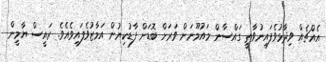
އެއްޗެއް ވިދާޅުވެފައިނުވާތީ ގައްސާން މައުމޫނަށް ވަރަށް ބޮޑަށް ފާޑުކިޔުން އަމާޒުވެފައިވެއެވެ. ރައީސް ޔާމީން